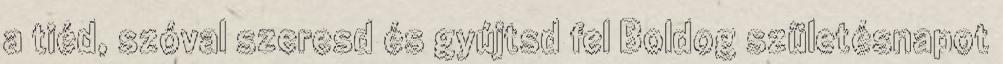
a tiéd, szóval szeresd és gyújtsd fel Boldog születésnapot